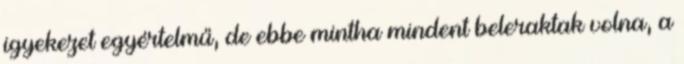
igyekezet egyértelmű, de ebbe mintha mindent beleraktak volna, a